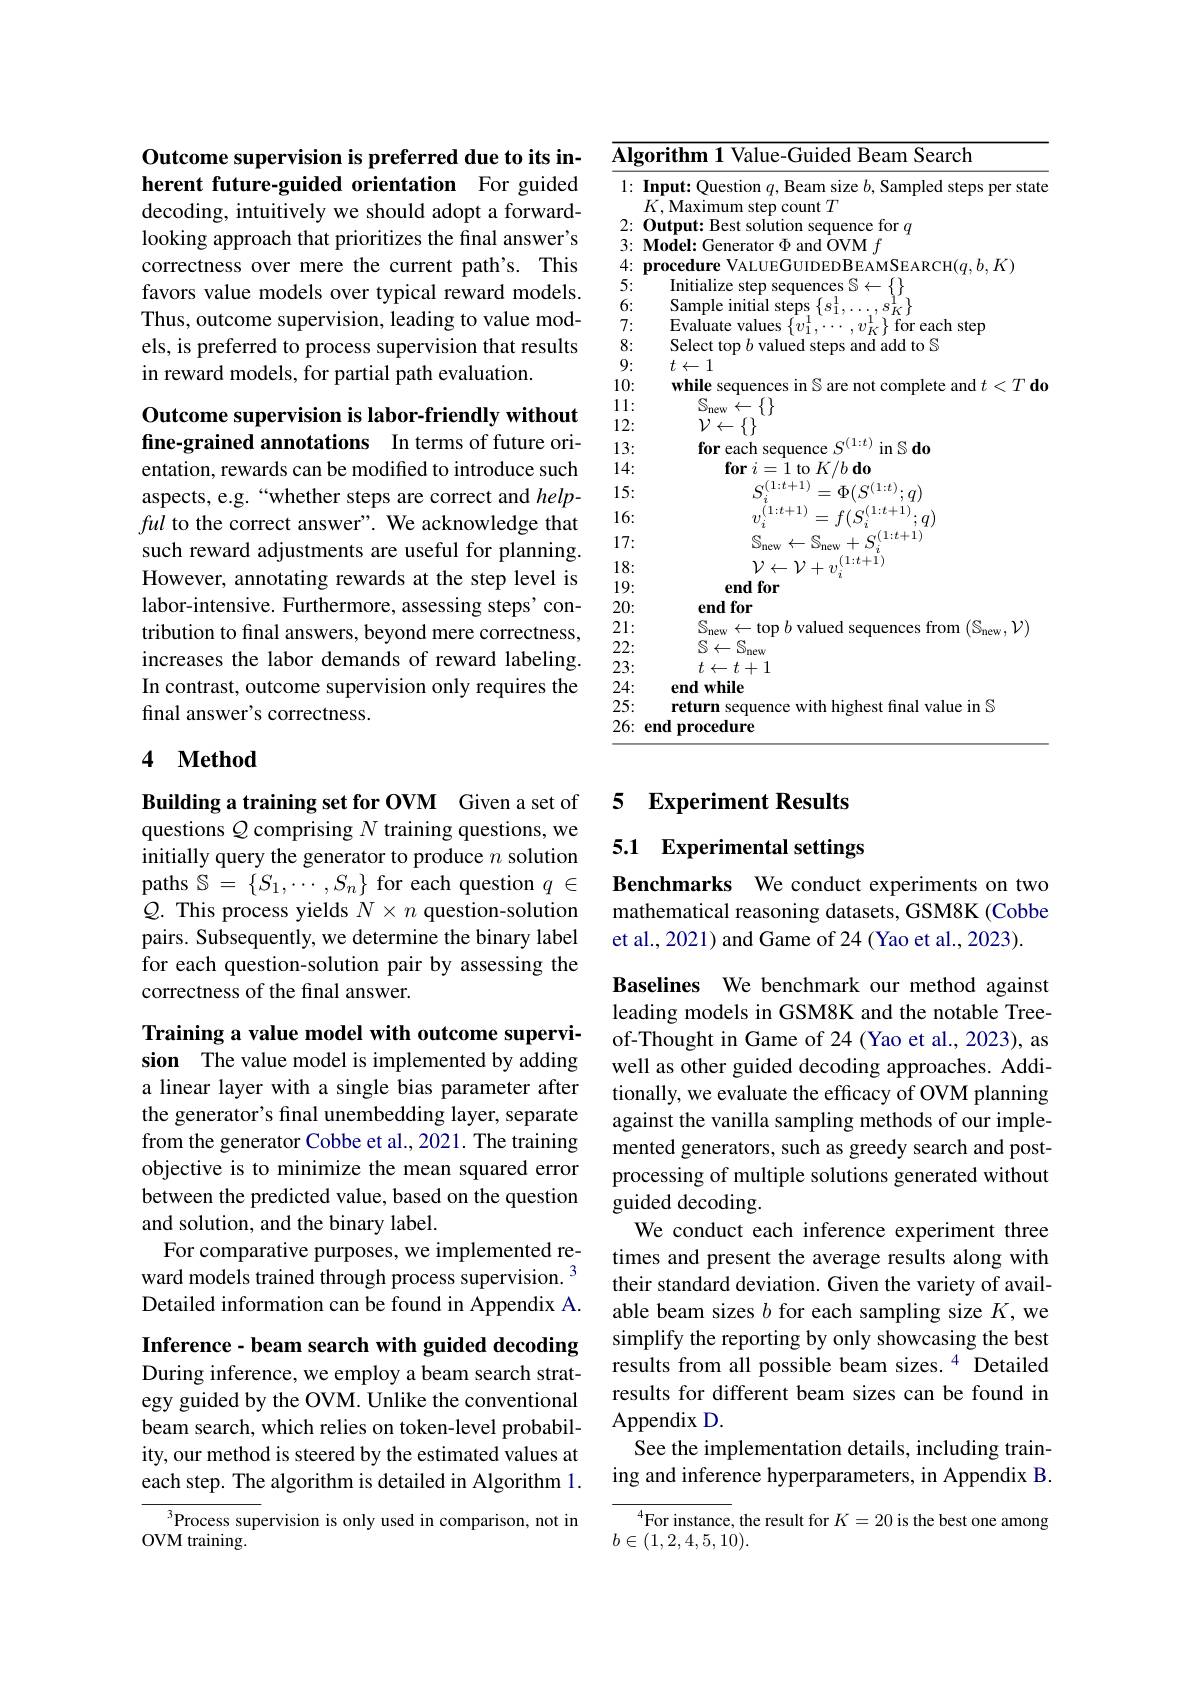
## Outcome supervision is preferred due to its inherent future-guided orientation For guided decoding, intuitively we should adopt a forward-

looking approach that prioritizes the final answer's correctness over mere the current path's. This favors value models over typical reward models. Thus, outcome supervision, leading to value models, is preferred to process supervision that results in reward models, for partial path evaluation.

Outcome supervision is labor-friendly without fine-grained annotations In terms of future ori-

entation, rewards can be modified to introduce such aspects, e.g.“whether steps are correct and helpful to the correct answer". We acknowledge that such reward adjustments are useful for planning. However, annotating rewards at the step level is labor-intensive. Furthermore, assessing steps'contribution to final answers, beyond mere correctness, increases the labor demands of reward labeling. In contrast, outcome supervision only requires the final answer's correctness.

# 4 $\textbf{Method}$

Building a training set for OVM Given a set of questions $Q$ comprising $N$ training questions, we initially query the generator to produce $n$ solution paths $\mathbb{S}=\{S_1,\cdots,S_n\}$ for each question $q\in$ $Q.$ This process yields $N\times n$ question-solution pairs. Subsequently, we determine the binary label for each question-solution pair by assessing the correctness of the final answer.

Training a value model with outcome supervision The value model is implemented by adding a linear layer with a single bias parameter after the generator's final unembedding layer, separate from the generator Cobbe et al., 2021. The training objective is to minimize the mean squared error between the predicted value, based on the question and solution, and the binary label.
For comparative purposes, we implemented reward models trained through process supervision. $^{3}$ Detailed information can be found in Appendix A.

Inference- beam search with guided decoding

During inference, we employ a beam search strategy guided by the OVM. Unlike the conventional beam search, which relies on token-level probability, our method is steered by the estimated values at each step. The algorithm is detailed in Algorithm 1.

${}^{3}{\mathrm{Process~supervision~is~only~used~in~comparison,~not~in}}$
OVM training.

$\overline{\textbf{Algorithm 1 Value-Guided Beam Search}}$

1: Input: Question $q$, Beam size $b$, Sampled steps per state
$\dot{K,\text{Maximum step count }T}$
2: Output: Best solution sequence for $q$
3: Model: Generator $\Phi$ and OVM $f$
$4: \textbf{procedure VALUEGUIDEDBEAMSEARCH}( q, b, K)$
5:
$\begin{array}{l}{\mathrm{Initialize~step~sequences~S}\leftarrow\{\}}\\{\mathrm{Sample~initial~steps~}_{1}^{1}\left\{s_{1}^{1},\ldots,s_{K}^{1}\right\}}\end{array}$
6: 7:
Evaluate values $\{v_1^1,\cdots,v_K^1\}$ for each step
8:
Select top $b$ valued steps and add to S
9:
$t\leftarrow1$
10:
while sequences in S are not complete and $t< T\textbf{do}$
11:
$\begin{array}{l}{{S_{\mathrm{new}}\leftarrow\{\}}}\\{{\mathcal{V}\leftarrow\{\}}}\\\end{array}$
12: 13:
for each sequence $S^{(1:t)}$ in $\mathbb{S} \textbf{do}$
14:
$\begin{array}{c}{\mathbf{for~}i=1\mathrm{~to~}K/b\mathbf{~do}}\\{S_{i}^{(1:t+1)}=\Phi(S^{(1:t)};q)}\\\end{array}$
15: 16:
$v_{i}^{(1:t+1)}=f(S_{i}^{(1:t+1)};q)$ $\mathbb{S}_{\mathrm{new}}\leftarrow\mathbb{S}_{\mathrm{new}}+S_{i}^{(1:t+1)}$
17: 18:
19: 20:
end for
21:
$\begin{array}{l}{{\mathcal{S}_{\mathrm{new}}\leftarrow\mathrm{top~}b\text{ valued sequences from}}}\left({\mathbb{S}_{\mathrm{new}},\mathcal{V}}\right)\\{{\mathcal{S}\leftarrow\mathbb{S}_{\mathrm{new}}}}\end{array}$
22: 23:
$t\leftarrow t+1$
24:
end while
25:
return sequence with highest final value in S
26: end procedure

## 5 Experiment Results

5.1 Experimental settings

Benchmarks We conduct experiments on two mathematical reasoning datasets, GSM8K (Cobbe et al., 2021) and Game of 24 (Yao et al., 2023).

Baselines We benchmark our method against leading models in GSM8K and the notable Treeof-Thought in Game of 24 (Yao et al., 2023), as well as other guided decoding approaches. Additionally, we evaluate the efficacy of OVM planning against the vanilla sampling methods of our implemented generators, such as greedy search and postprocessing of multiple solutions generated without guided decoding.
We conduct each inference experiment three times and present the average results along with their standard deviation. Given the variety of available beam sizes $b$ for each sampling size $K$,we simplify the reporting by only showcasing the best results from all possible beam sizes.$^{4}$ Detailed results for different beam sizes can be found in Appendix D.
See the implementation details, including training and inference hyperparameters, in Appendix B.

$^{4}$For instance, the result for $K=20$ is the best one among
$b\in(1,2,4,5,10).$